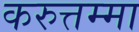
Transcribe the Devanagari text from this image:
करुत्तम्मा